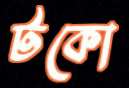
টকো